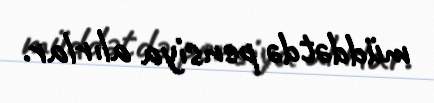
müddətdə pensiya alırlar.